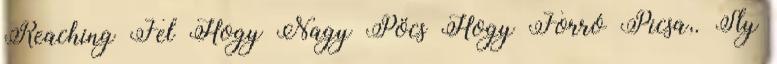
Reaching Fel Hogy Nagy Pöcs Hogy Forró Picsa,. Sly